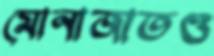
মোনাজাতও